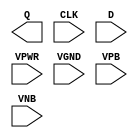
module sky130_fd_sc_hvl__dfxtp (
    Q   ,
    CLK ,
    D   ,
    VPWR,
    VGND,
    VPB ,
    VNB
);

    output Q   ;
    input  CLK ;
    input  D   ;
    input  VPWR;
    input  VGND;
    input  VPB ;
    input  VNB ;
endmodule